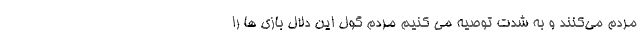
مردم می‌کنند و به شدت توصیه می کنیم مردم گول این دلال بازی ها را